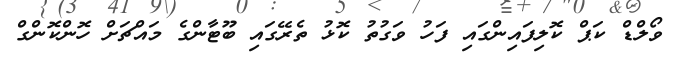
ވޯލްޑް ކަޕް ކޮލިފައިންގައި ފަހު ވަގުތު ކޮޅު ތެރޭގައި ބޫޓާންގެ މައްޗަށް ހޮންކޮންގް